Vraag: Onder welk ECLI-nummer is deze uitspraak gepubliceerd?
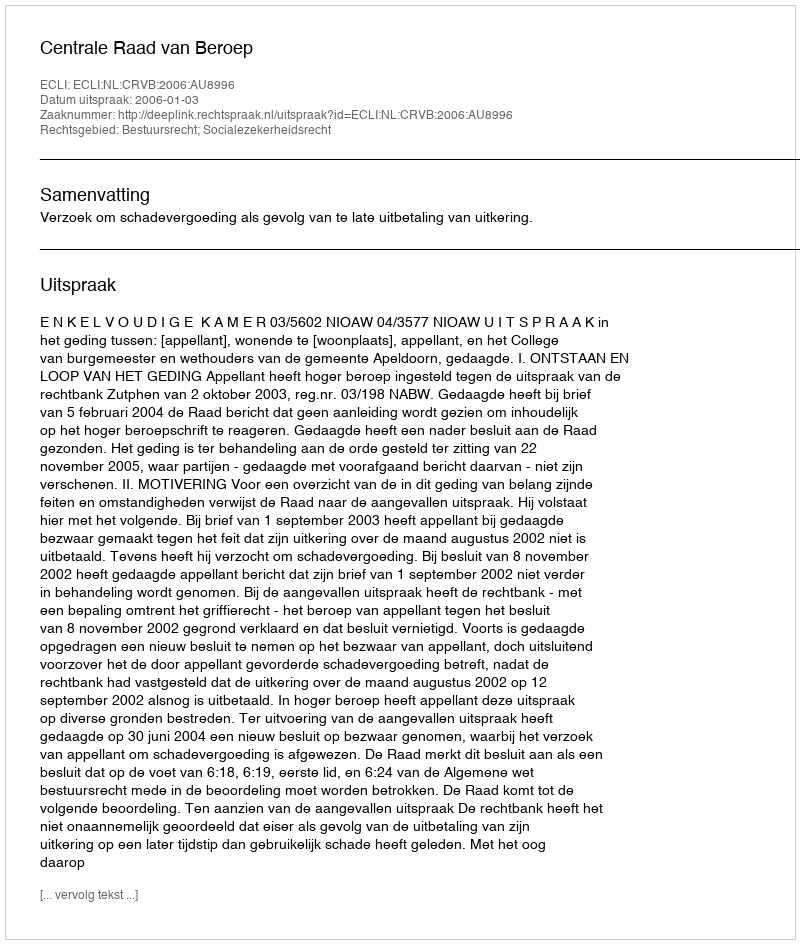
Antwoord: ECLI:NL:CRVB:2006:AU8996